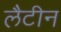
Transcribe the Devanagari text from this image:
लैटीन